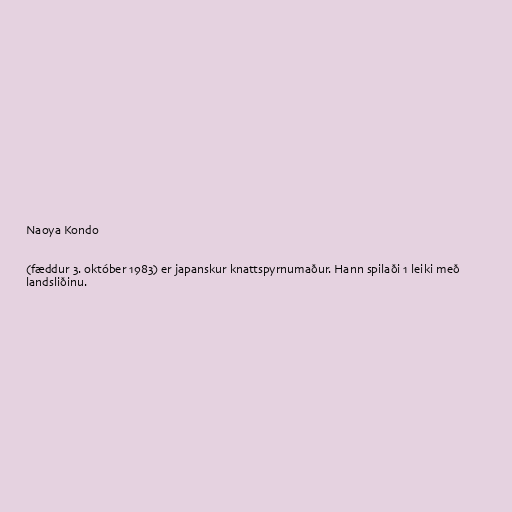
Naoya Kondo

(fæddur 3. október 1983) er japanskur knattspyrnumaður. Hann spilaði 1 leiki með
landsliðinu.